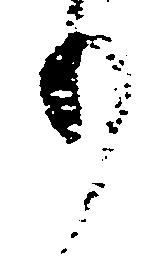
り